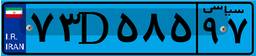
۷۳D۵۸۵۹۷